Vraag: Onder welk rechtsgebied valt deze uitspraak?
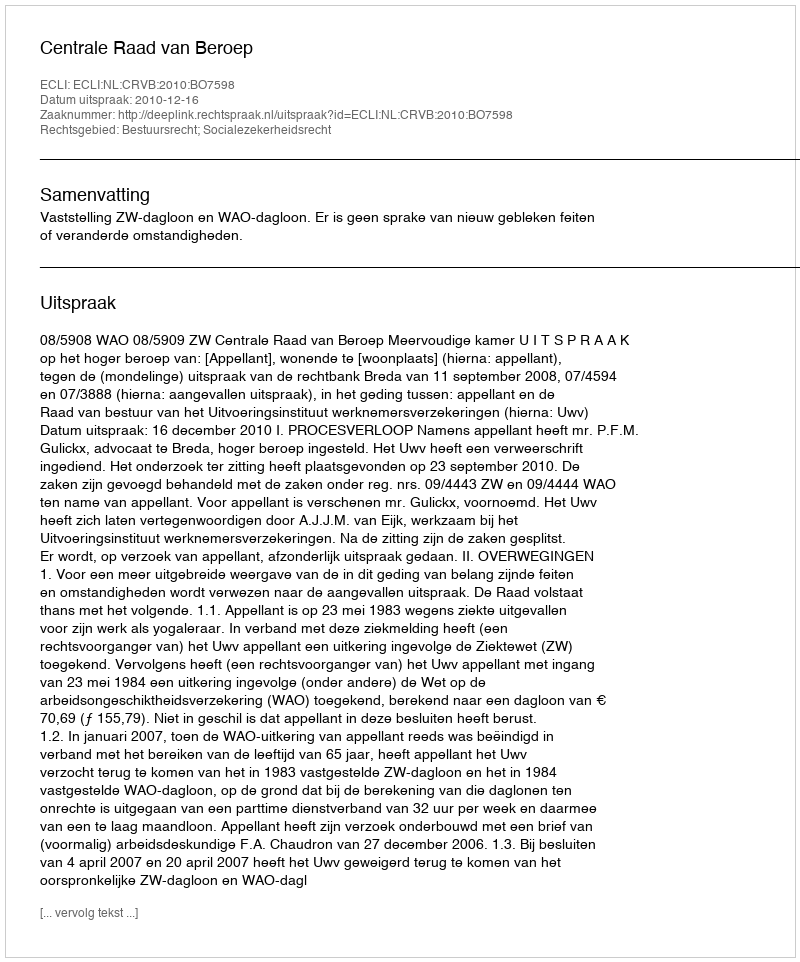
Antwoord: Bestuursrecht; Socialezekerheidsrecht